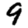
Digit: 9